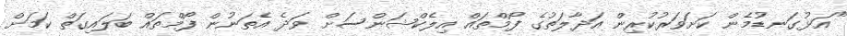
"އަޅުގަނޑުމެން ކަށަވަރުކުރިން އަދާލަތުގެ ފޯމްތައް އިލެކްޝަންސަށް ވަދެ އެތަނުން ފޯމްތައް ބަލައިގަތް ކަމަށް